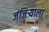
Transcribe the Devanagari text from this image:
जंजिर्‍याला